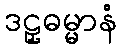
ဒဠှဓမ္မာနံ